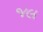
જલ